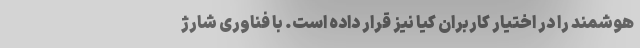
هوشمند را در اختیار کاربران کیا نیز قرار داده است. با فناوری شارژ